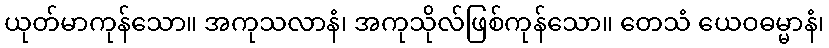
ယုတ်မာကုန်သော။ အကုသလာနံ၊ အကုသိုလ်ဖြစ်ကုန်သော။ တေသံ ယေဝဓမ္မာနံ၊